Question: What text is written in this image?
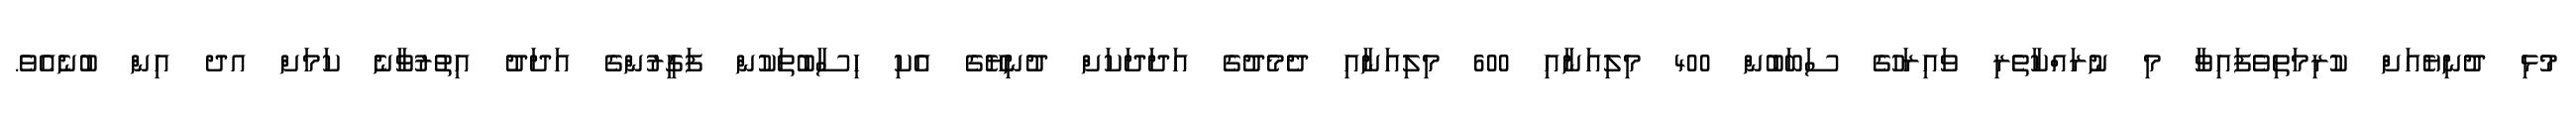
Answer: މުޅި ދުނިޔެއަށް ކުރިމަތިވެފައިވާ މި ނުރައްކާތެރި ވައިރަހުގެ ސަބަބުން 400 މިލިއަނާއި 600 މިލިއަނާއި ދެމެދުގެ އަދަދަކަށް ދުނިޔޭގެ އެކި ހިސާބުތަކުން ފަގީރުންގެ އަދަދު އިތުރުވާނެ ކަމަށް އދ އިން ބުނެއެވެ.